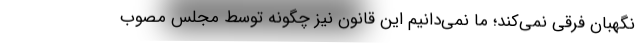
نگهبان فرقی نمی‌کند؛ ما نمی‌دانیم این قانون نیز چگونه توسط مجلس مصوب